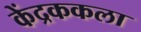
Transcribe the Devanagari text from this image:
केंद्रककला